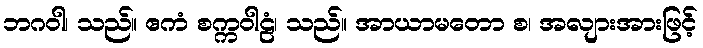
ဘဂဝါ၊ သည်။ ဧကံ စက္ကဝါဠံ၊ သည်။ အာယာမတော စ၊ အလျားအားဖြင့်